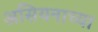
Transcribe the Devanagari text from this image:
असियनाच्या